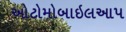
ઓટોમોબાઇલઆપ